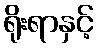
ရိုးရာနှင့်